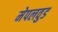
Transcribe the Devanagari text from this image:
मेपलवुड